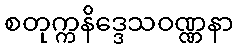
စတုက္ကနိဒ္ဒေသဝဏ္ဏနာ